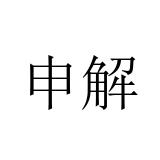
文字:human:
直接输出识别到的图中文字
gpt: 申解